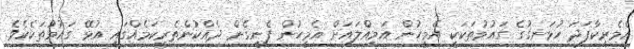
އެމެރިކާފަދަ ހުޅަނގުގެ ގައުމުތަކަކީ އެމީހުން އަމިއްލައަށް އެމީހުން ފެނިގެން ދެއްކުންތެރިކަމެއްގައި އުޅޭ ގައުމުތަކެކެވެ.